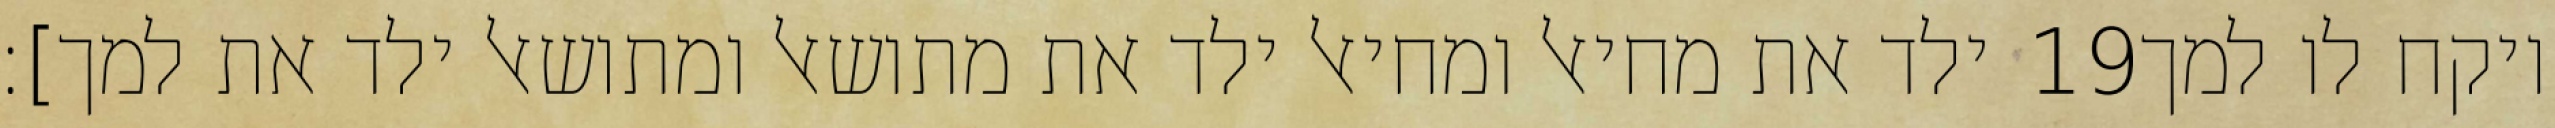
ילד את מחיאל ומחיאל ילד את מתושאל ומתושאל ילד את למך]׃ ‎19‏ ויקח לו למך